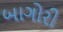
બાગોરી